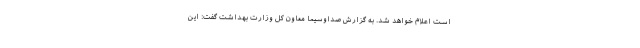
است اعلام خواهد شد. به گزارش صداوسیما معاون کل وزارت بهداشت گفت: این